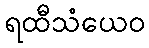
ရထီသံယေဝ